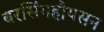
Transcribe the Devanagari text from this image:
बरसिंगहौयसन